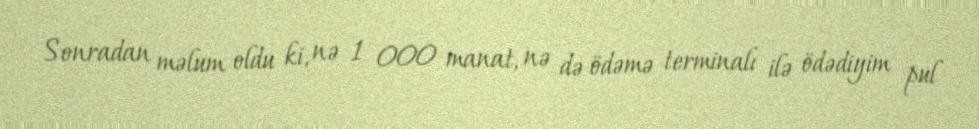
Sonradan məlum oldu ki, nə 1 000 manat, nə də ödəmə terminalı ilə ödədiyim pul